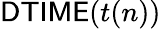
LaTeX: {\mathsf{DTIME}}(t(n))